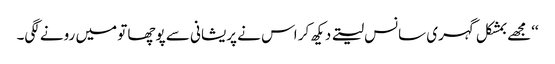
‘‘مجھے بمشکل گہری سانس لیتے دیکھ کر اس نے پریشانی سے پوچھا تو میں رونے لگی۔